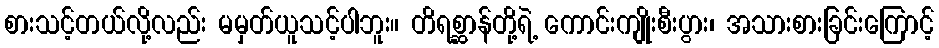
စားသင့်တယ်လို့လည်း မမှတ်ယူသင့်ပါဘူး။ တိရစ္ဆာန်တို့ရဲ့ ကောင်းကျိုးစီးပွား၊ အသားစားခြင်းကြောင့်